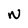
Character: N